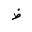
Letter: _za